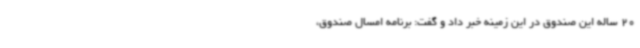
20 ساله این صندوق در این زمینه خبر داد و گفت: برنامه امسال صندوق،